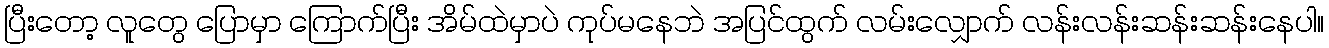
ပြီးတော့ လူတွေ ပြောမှာ ကြောက်ပြီး အိမ်ထဲမှာပဲ ကုပ်မနေဘဲ အပြင်ထွက် လမ်းလျှောက် လန်းလန်းဆန်းဆန်းနေပါ။